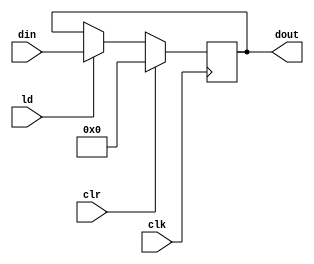
`timescale 1ns / 1ps
//////////////////////////////////////////////////////////////////////////////////
// Company: 
// Engineer: 
// 
// Design Name: 
// Module Name:    PIPO2 
// Project Name: 
// Target Devices: 
// Tool versions: 
// Description: 
//
// Dependencies: 
//
// Revision: 
// Revision 0.01 - File Created
// Additional Comments: 
//
//////////////////////////////////////////////////////////////////////////////////
module PIPO2(dout,din,ld,clr,clk);
input[15:0] din;
input ld,clr,clk;
output reg [15:0] dout;
always @ (posedge clk)
if(clr) dout<=16'b0;
else if (ld) dout<=din;
endmodule